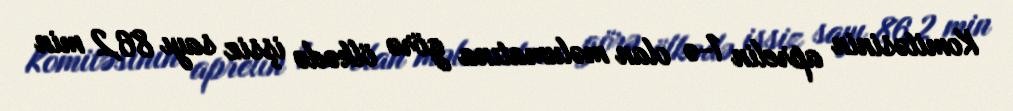
Komitəsinin aprelin 1-ə olan məlumatına görə ölkədə işsiz sayı 86,2 min